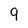
Character: 9